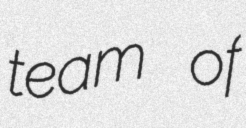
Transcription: team of